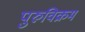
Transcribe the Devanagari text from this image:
पुरुविक्रम